65_HS1-834228961_62-HQ-83894_Section_3
Agency: FBI
Page 2
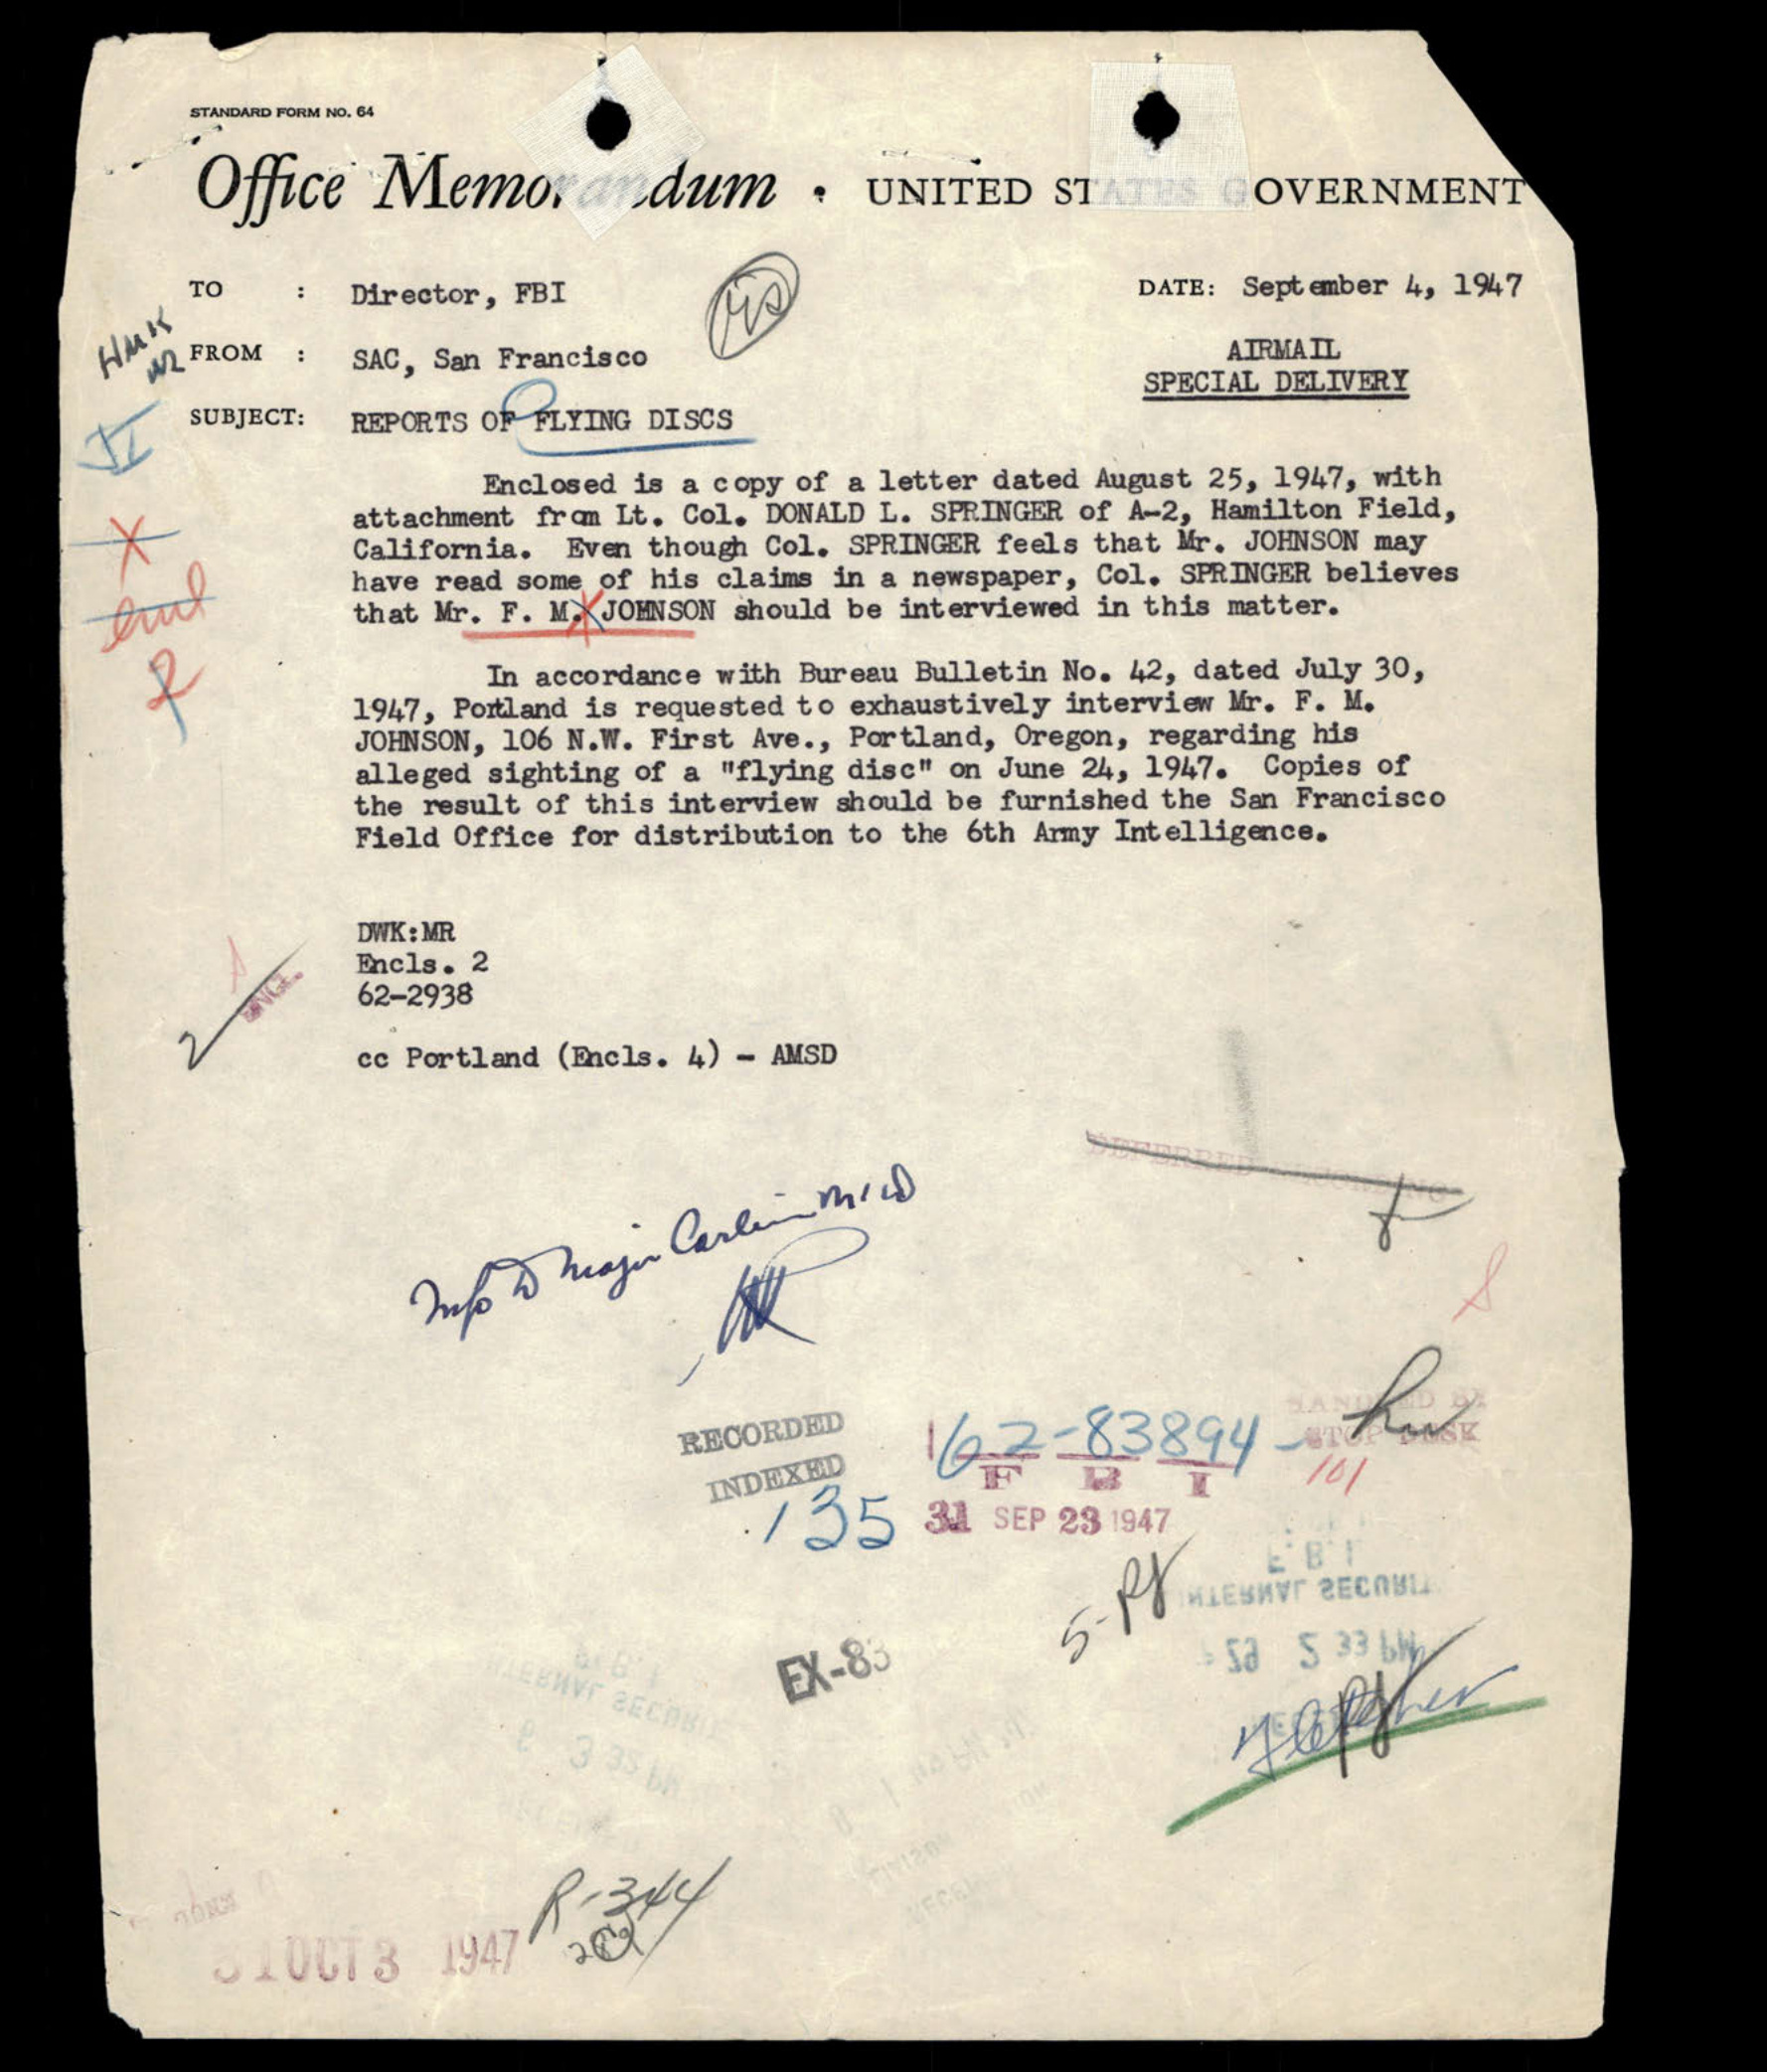